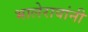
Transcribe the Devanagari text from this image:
भालेरावांनी